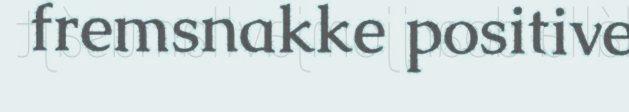
fremsnakke positive